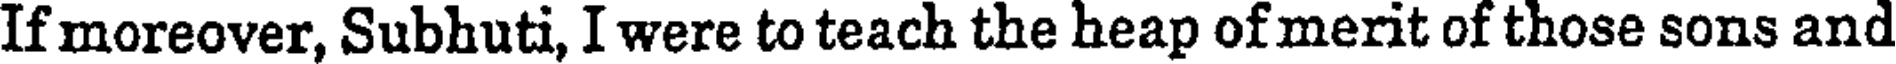
If moreover, Subhuti, I were to teach the heap of merit of those sons and